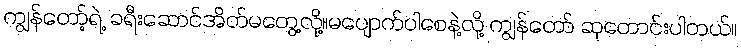
ကျွန်တော့်ရဲ့ ခရီးဆောင်အိတ်မတွေ့လို့။မပျောက်ပါစေနဲ့လို့ ကျွန်တော် ဆုတောင်းပါတယ်။